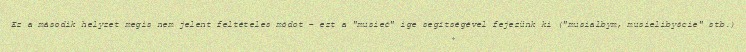
Ez a második helyzet megis nem jelent feltételes módot – ezt a "musieć" ige segítségével fejezünk ki ("musiałbym, musielibyście" stb.)